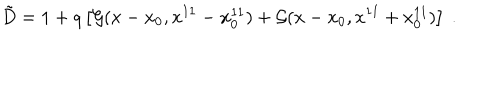
{ \tilde { D } } = 1 + q \left[ { \cal G } ( x - x _ { 0 } , x ^ { 1 1 } - x _ { 0 } ^ { 1 1 } ) + { \cal G } ( x - x _ { 0 } , x ^ { 1 1 } + x _ { 0 } ^ { 1 1 } ) \right] \ .